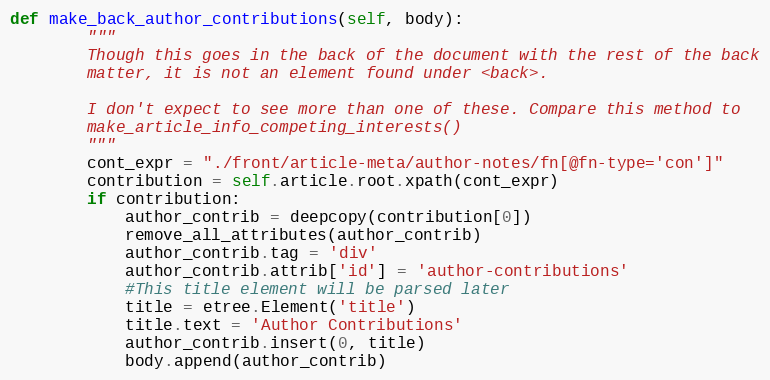
Language: Python
def make_back_author_contributions(self, body):
        """
        Though this goes in the back of the document with the rest of the back
        matter, it is not an element found under <back>.

        I don't expect to see more than one of these. Compare this method to
        make_article_info_competing_interests()
        """
        cont_expr = "./front/article-meta/author-notes/fn[@fn-type='con']"
        contribution = self.article.root.xpath(cont_expr)
        if contribution:
            author_contrib = deepcopy(contribution[0])
            remove_all_attributes(author_contrib)
            author_contrib.tag = 'div'
            author_contrib.attrib['id'] = 'author-contributions'
            #This title element will be parsed later
            title = etree.Element('title')
            title.text = 'Author Contributions'
            author_contrib.insert(0, title)
            body.append(author_contrib)